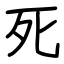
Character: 死